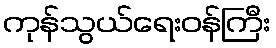
ကုန်သွယ်ရေးဝန်ကြီး